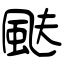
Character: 颫